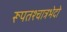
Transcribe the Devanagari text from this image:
रूपतश्चात्रभेदो